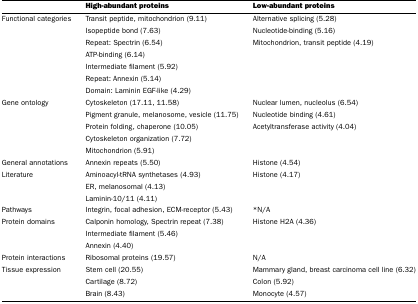
<table><thead><tr><td></td><td><b>High-abundant proteins</b></td><td><b>Low-abundant proteins</b></td></tr></thead><tbody><tr><td>Functional categories</td><td>Transit peptide, mitochondrion (9.11)</td><td>Alternative splicing (5.28)</td></tr><tr><td></td><td>Isopeptide bond (7.63)</td><td>Nucleotide-binding (5.16)</td></tr><tr><td></td><td>Repeat: Spectrin (6.54)</td><td>Mitochondrion, transit peptide (4.19)</td></tr><tr><td></td><td>ATP-binding (6.14)</td><td></td></tr><tr><td></td><td>Intermediate filament (5.92)</td><td></td></tr><tr><td></td><td>Repeat: Annexin (5.14)</td><td></td></tr><tr><td></td><td>Domain: Laminin EGF-like (4.29)</td><td></td></tr><tr><td>Gene ontology</td><td>Cytoskeleton (17.11, 11.58)</td><td>Nuclear lumen, nucleolus (6.54)</td></tr><tr><td></td><td>Pigment granule, melanosome, vesicle (11.75)</td><td>Nucleotide binding (4.61)</td></tr><tr><td></td><td>Protein folding, chaperone (10.05)</td><td>Acetyltransferase activity (4.04)</td></tr><tr><td></td><td>Cytoskeleton organization (7.72)</td><td></td></tr><tr><td></td><td>Mitochondrion (5.91)</td><td></td></tr><tr><td>General annotations</td><td>Annexin repeats (5.50)</td><td>Histone (4.54)</td></tr><tr><td>Literature</td><td>Aminoacyl-tRNA synthetases (4.93)</td><td>Histone (4.17)</td></tr><tr><td></td><td>ER, melanosomal (4.13)</td><td></td></tr><tr><td></td><td>Laminin-10/11 (4.11)</td><td></td></tr><tr><td>Pathways</td><td>Integrin, focal adhesion, ECM-receptor (5.43)</td><td>*N/A</td></tr><tr><td>Protein domains</td><td>Calponin homology, Spectrin repeat (7.38)</td><td>Histone H2A (4.36)</td></tr><tr><td></td><td>Intermediate filament (5.46)</td><td></td></tr><tr><td></td><td>Annexin (4.40)</td><td></td></tr><tr><td>Protein interactions</td><td>Ribosomal proteins (19.57)</td><td>N/A</td></tr><tr><td>Tissue expression</td><td>Stem cell (20.55)</td><td>Mammary gland, breast carcinoma cell line (6.32)</td></tr><tr><td></td><td>Cartilage (8.72)</td><td>Colon (5.92)</td></tr><tr><td></td><td>Brain (8.43)</td><td>Monocyte (4.57)</td></tr></tbody></table>